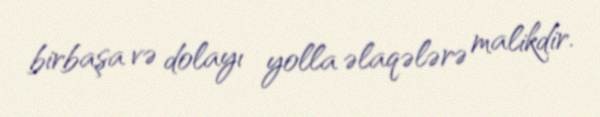
birbaşa və dolayı yolla əlaqələrə malikdir.